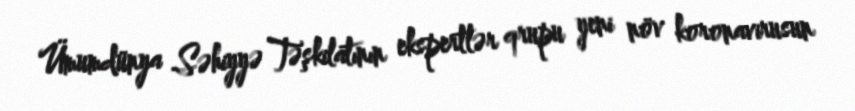
Ümumdünya Səhiyyə Təşkilatının ekspertlər qrupu yeni növ koronavirusun